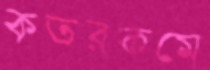
কতরকমে